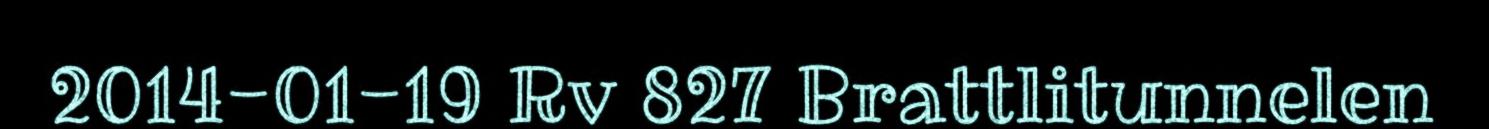
2014-01-19 Rv 827 Brattlitunnelen